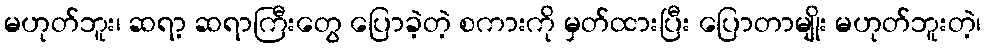
မဟုတ်ဘူး၊ ဆရာ့ ဆရာကြီးတွေ ပြောခဲ့တဲ့ စကားကို မှတ်ထားပြီး ပြောတာမျိုး မဟုတ်ဘူးတဲ့၊